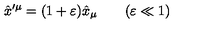
\hat { x } ^ { \prime \mu } = ( 1 + \varepsilon ) \hat { x } _ { \mu } \qquad ( \varepsilon \ll 1 )